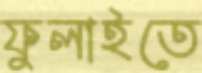
ফুলাইতে